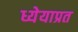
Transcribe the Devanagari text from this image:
ध्येयाप्रत